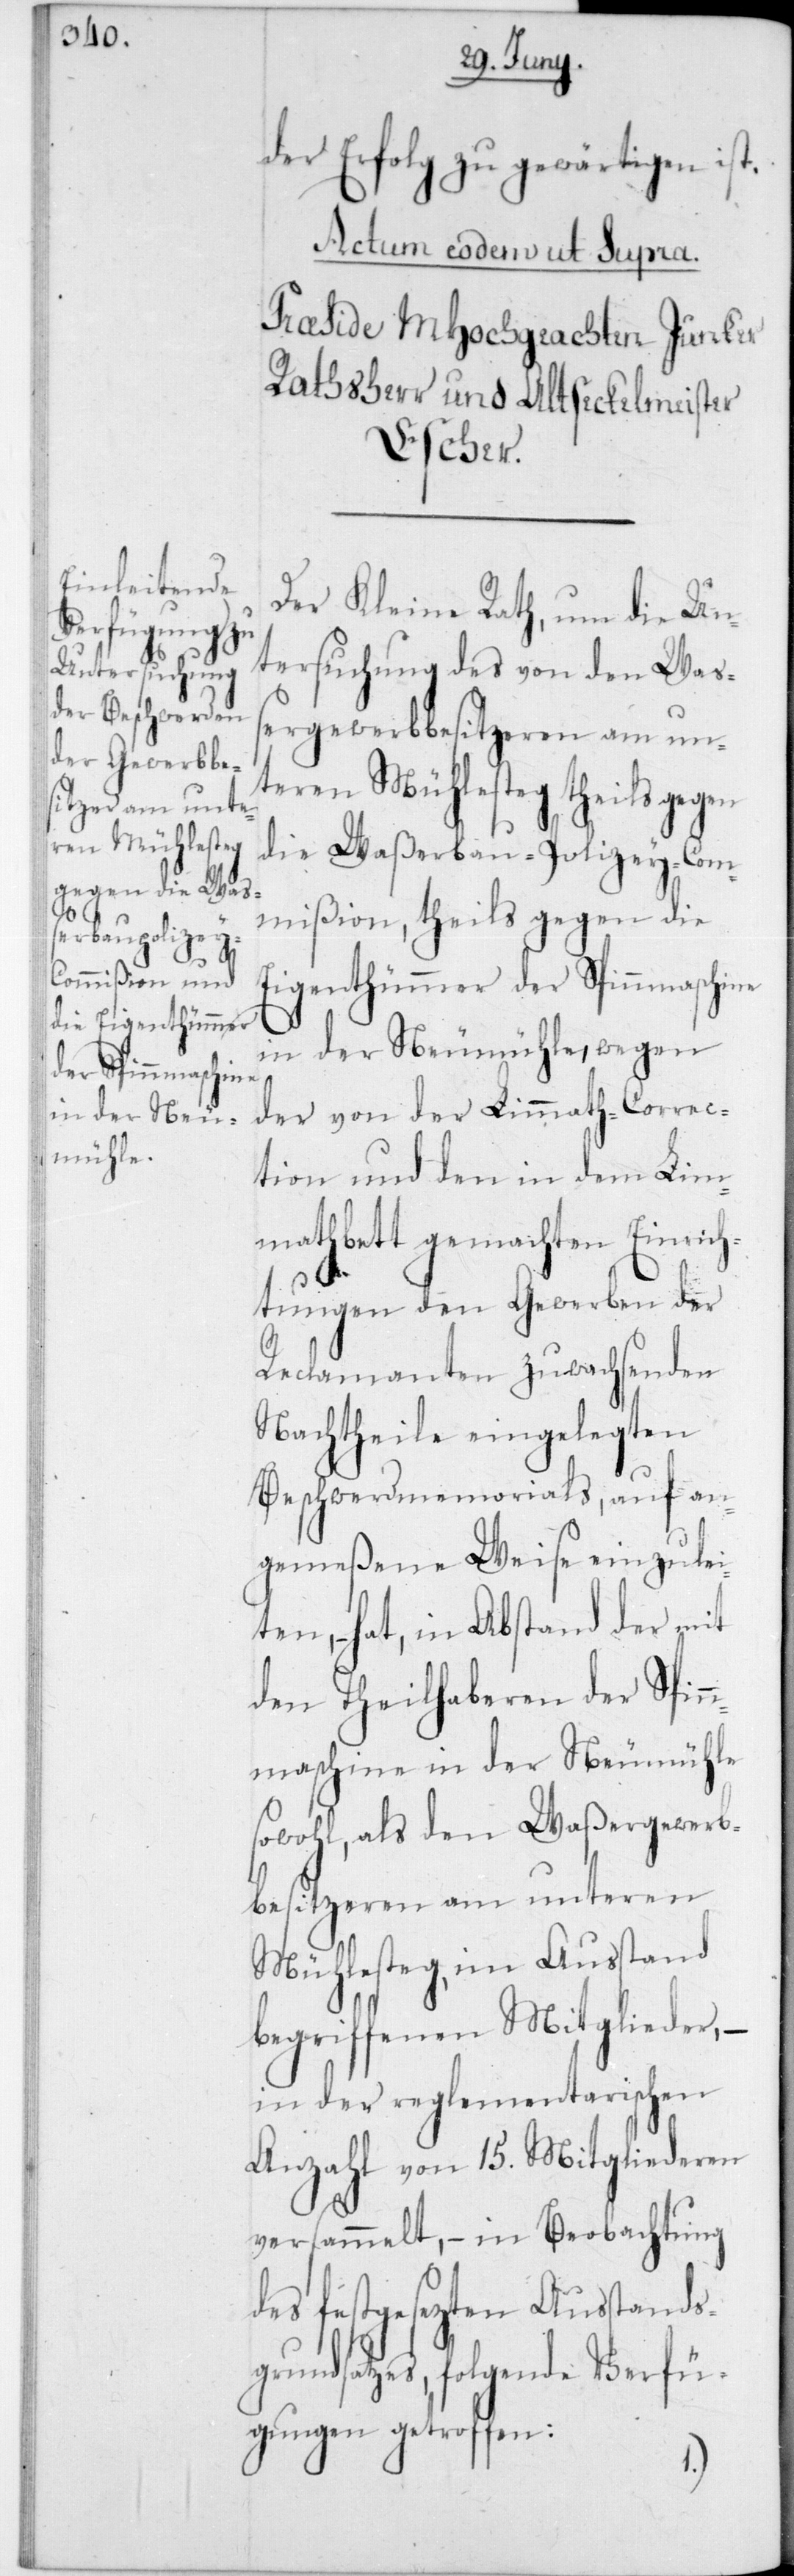
der Erfolg zu gewärtigen ist.
Der Kleine Rath, um die Un¬
tersuchung des von den Waß¬
ergewerbbesitzeren am un¬
teren Mühlesteg theils gegen
die Waßerbau-Polizey-Com¬
mißion, theils gegen die
Eigenthümmer der Spinnmaschine
in der Neumühle, wegen
der von der Limmath-Correc¬
tion und den in dem Lim¬
mathbett gemachten Einrich¬
tungen den Gewerben der
Reclamanten zuwachsenden
Nachtheile eingelegten
Beschwerdmemorials, auf an¬
gemeßene Weise einzulei¬
ten, – hat, in Abstand der mit
den Theilhaberen der Spin¬
nmaschine in der Neumühle
sowohl, als den Waßergewerb¬
besitzeren am unteren
Mühlesteg, im Ausstand
begriffenen Mitglieder, –
in der reglementarischen
Anzahl von 15 Mitgliederen
versammelt, – in Beobachtung
des festgesezten Ausstands¬
grundsatzes, folgende Verfü¬
gungen getroffen: